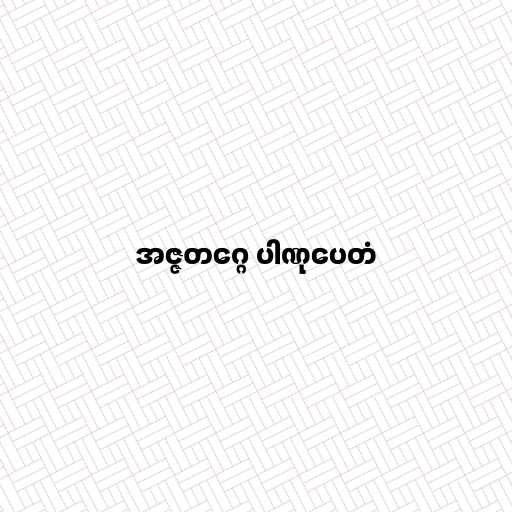
အဇ္ဇတဂ္ဂေ ပါဏုပေတံ